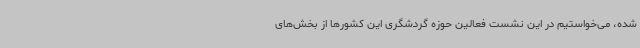
شده، می‌خواستیم در این نشست فعالین حوزه گردشگری این کشورها از بخش‌های